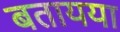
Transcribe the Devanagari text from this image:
बतायया